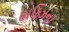
હાફિઝના